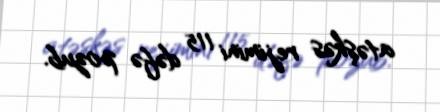
atəşkəs rejimini 115 dəfə pozub.